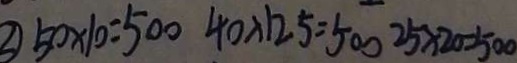
5 0 \times 1 0 = 5 0 0 4 0 \times 1 2 5 = 5 0 0 2 5 \times 2 0 = 5 0 0